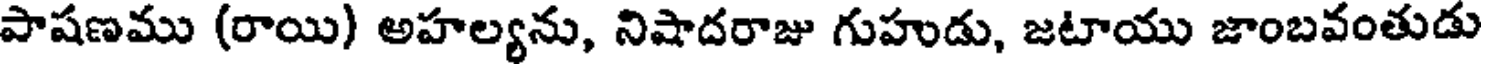
పాషణము (రాయి) అహల్యను, నిషాదరాజు గుహుడు, జటాయు జాంబవంతుడు